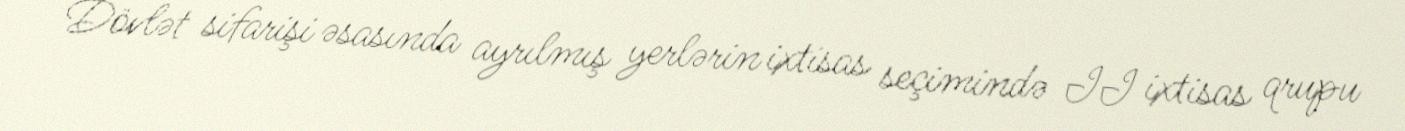
Dövlət sifarişi əsasında ayrılmış yerlərin ixtisas seçimində II ixtisas qrupu